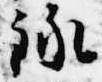
録